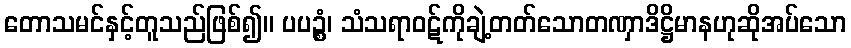
တောသမင်နှင့်တူသည်ဖြစ်၍။ ပပဉ္စံ၊ သံသရာဝဋ်ကိုချဲ့တတ်သောတဏှာဒိဋ္ဌိမာနဟုဆိုအပ်သော